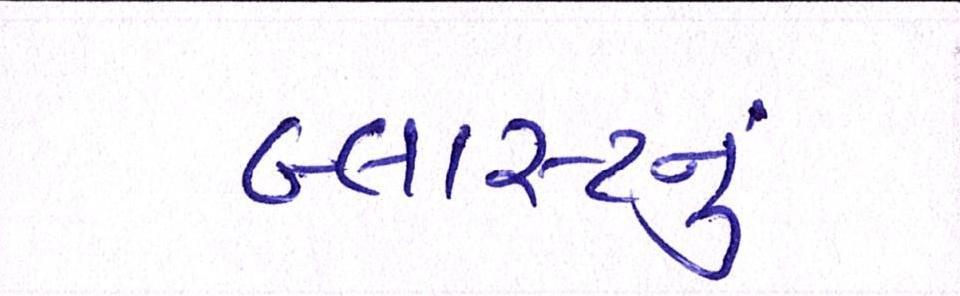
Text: બ્લાસ્ટનું